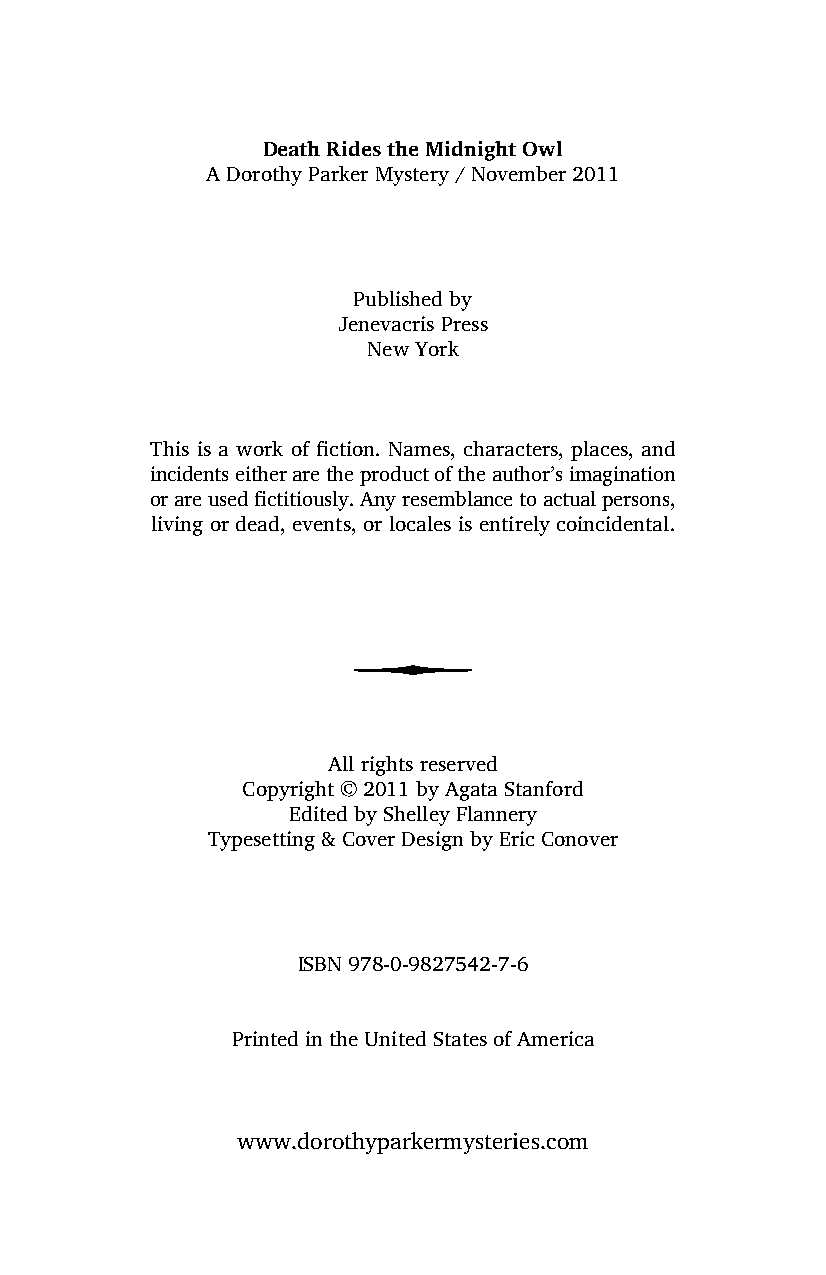
Death Rides the Midnight Owl
 A Dorothy Parker Mystery / November 2011
 Published by
 Jenevacris Press
 New York
 This is a work of fiction. Names, characters, places, and
 incidents either are the product of the author’s imagination
 or are used fictitiously. Any resemblance to actual persons,
 living or dead, events, or locales is entirely coincidental.
 7
 All rights reserved
 Copyright © 2011 by Agata Stanford
 Edited by Shelley Flannery
 Typesetting & Cover Design by Eric Conover
 ISBN 978-0-9827542-7-6
 Printed in the United States of America
 www.dorothyparkermysteries.com